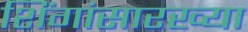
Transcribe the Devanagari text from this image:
शिंगांसारख्या